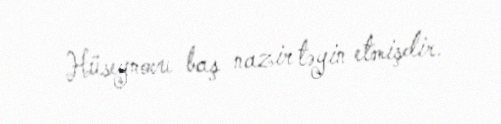
Hüseynovu baş nazir təyin etmişdir.